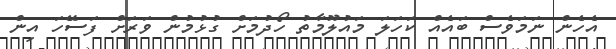
އެހެން ނަމަވެސް ބައެއް ކަހަލަ މައުލޫމާތު ހޯދުމަށް ގުޅުމުން ވަރަށް ފަސޭހަ އިން